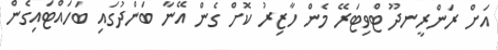
އަށް ރަންރީނދޫ ޓްވިޓަރޭ މެން ހާޒިރު ކޮށް ގެން އޭނާ ބަންދުގައި ބަހައްޓައިގެން